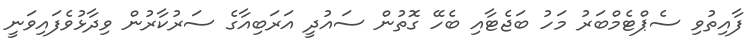
ފާއިތުވި ސެޕްޓެމްބަރު މަހު ބަޖެޓާއި ބެހޭ ގޮތުން ސައުދީ އަރަބިއާގެ ސަރުކާރުން ވިދާޅުވެފައިވަނީ